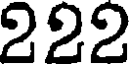
222